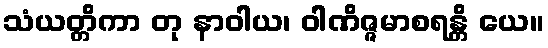
သံယတ္တိကာ တု နာဝါယ၊ ဝါဏိဇ္ဇမာစရန္တိ ယေ။